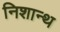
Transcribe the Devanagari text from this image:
निशान्थ